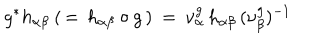
g ^ { * } h _ { \alpha \beta } \: ( \, = \, h _ { \alpha \beta } \circ g \, ) \: = \: \nu _ { \alpha } ^ { g } \, h _ { \alpha \beta } \, ( \nu _ { \beta } ^ { g } ) ^ { - 1 }